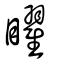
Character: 矅